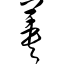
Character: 荚